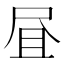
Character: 𱚹